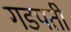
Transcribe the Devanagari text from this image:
गडपती